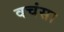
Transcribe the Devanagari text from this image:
वचंसा